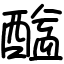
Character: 䤈